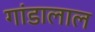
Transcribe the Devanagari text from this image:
गांडालाल